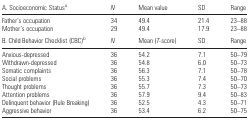
| A. Socioeconomic Statusa | N | Mean value | SD | Range |
 | --- | --- | --- | --- | --- |
 | Father's occupation | 34 | 49.4 | 21.4 | 23–88 |
 | Mother's occupation | 29 | 49.4 | 17.9 | 23–88 |
 | B. Child Behavior Checklist (CBC)b | N | Mean (T-score) | SD | Range |
 | Anxious-depressed | 36 | 54.2 | 7.1 | 50–79 |
 | Withdrawn-depressed | 36 | 54.8 | 6.0 | 50–73 |
 | Somatic complaints | 36 | 56.3 | 7.1 | 50–78 |
 | Social problems | 36 | 55.3 | 7.4 | 50–70 |
 | Thought problems | 36 | 55.7 | 7.3 | 50–73 |
 | Attention problems | 36 | 57.9 | 9.4 | 50–83 |
 | Delinquent behavior (Rule Breaking) | 36 | 52.5 | 4.3 | 50–71 |
 | Aggressive behavior | 36 | 53.4 | 6.2 | 50–75 |